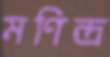
মণিন্দ্র